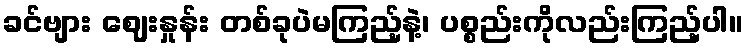
ခင်ဗျား ဈေးနှုန်း တစ်ခုပဲမကြည့်နဲ့၊ ပစ္စည်းကိုလည်းကြည့်ပါ။